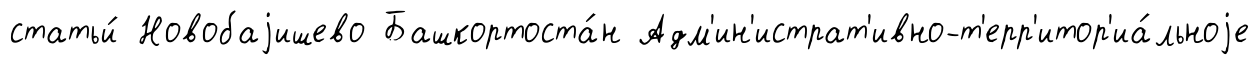
статьи́ Новобаjишево Башкортоста́н Адм'ин'истрат'ивно-т'ерр'итор'иа́льноjе